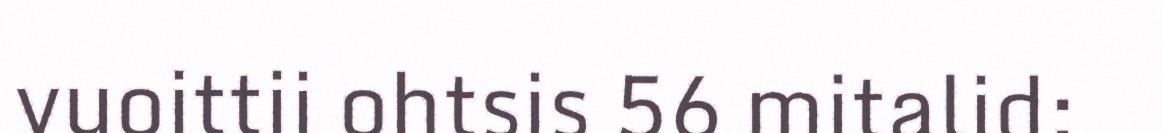
vuoittii ohtsis 56 mitalid: